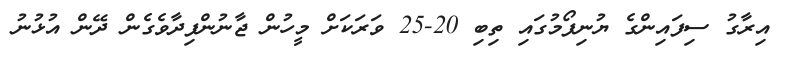
އިރާގު ސިފައިންގެ ޔުނިފޯމުގައި ތިބި 20-25 ވަރަކަށް މީހުން ޖާނުންފިދާވެގެން ދޭން އުޅުނު